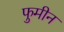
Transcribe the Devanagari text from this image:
फुमीन